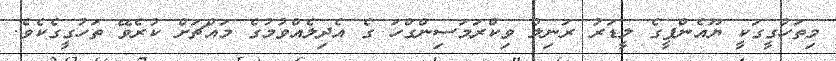
މިތަހުގީގަކީ ޔޫއެންޕީގެ ލީޑަރު ރަނިލް ވިކްރަމަސިންގްހަ ގެ އެދިލެއްވުމުގެ މައްޗަށް ކުރެވޭ ތަހުގީގެކެވެ.